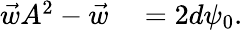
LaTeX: \begin{array}{rl}{\vec{w}A^{2}-\vec{w}}&{{}=2d\psi_{0}.}\end{array}